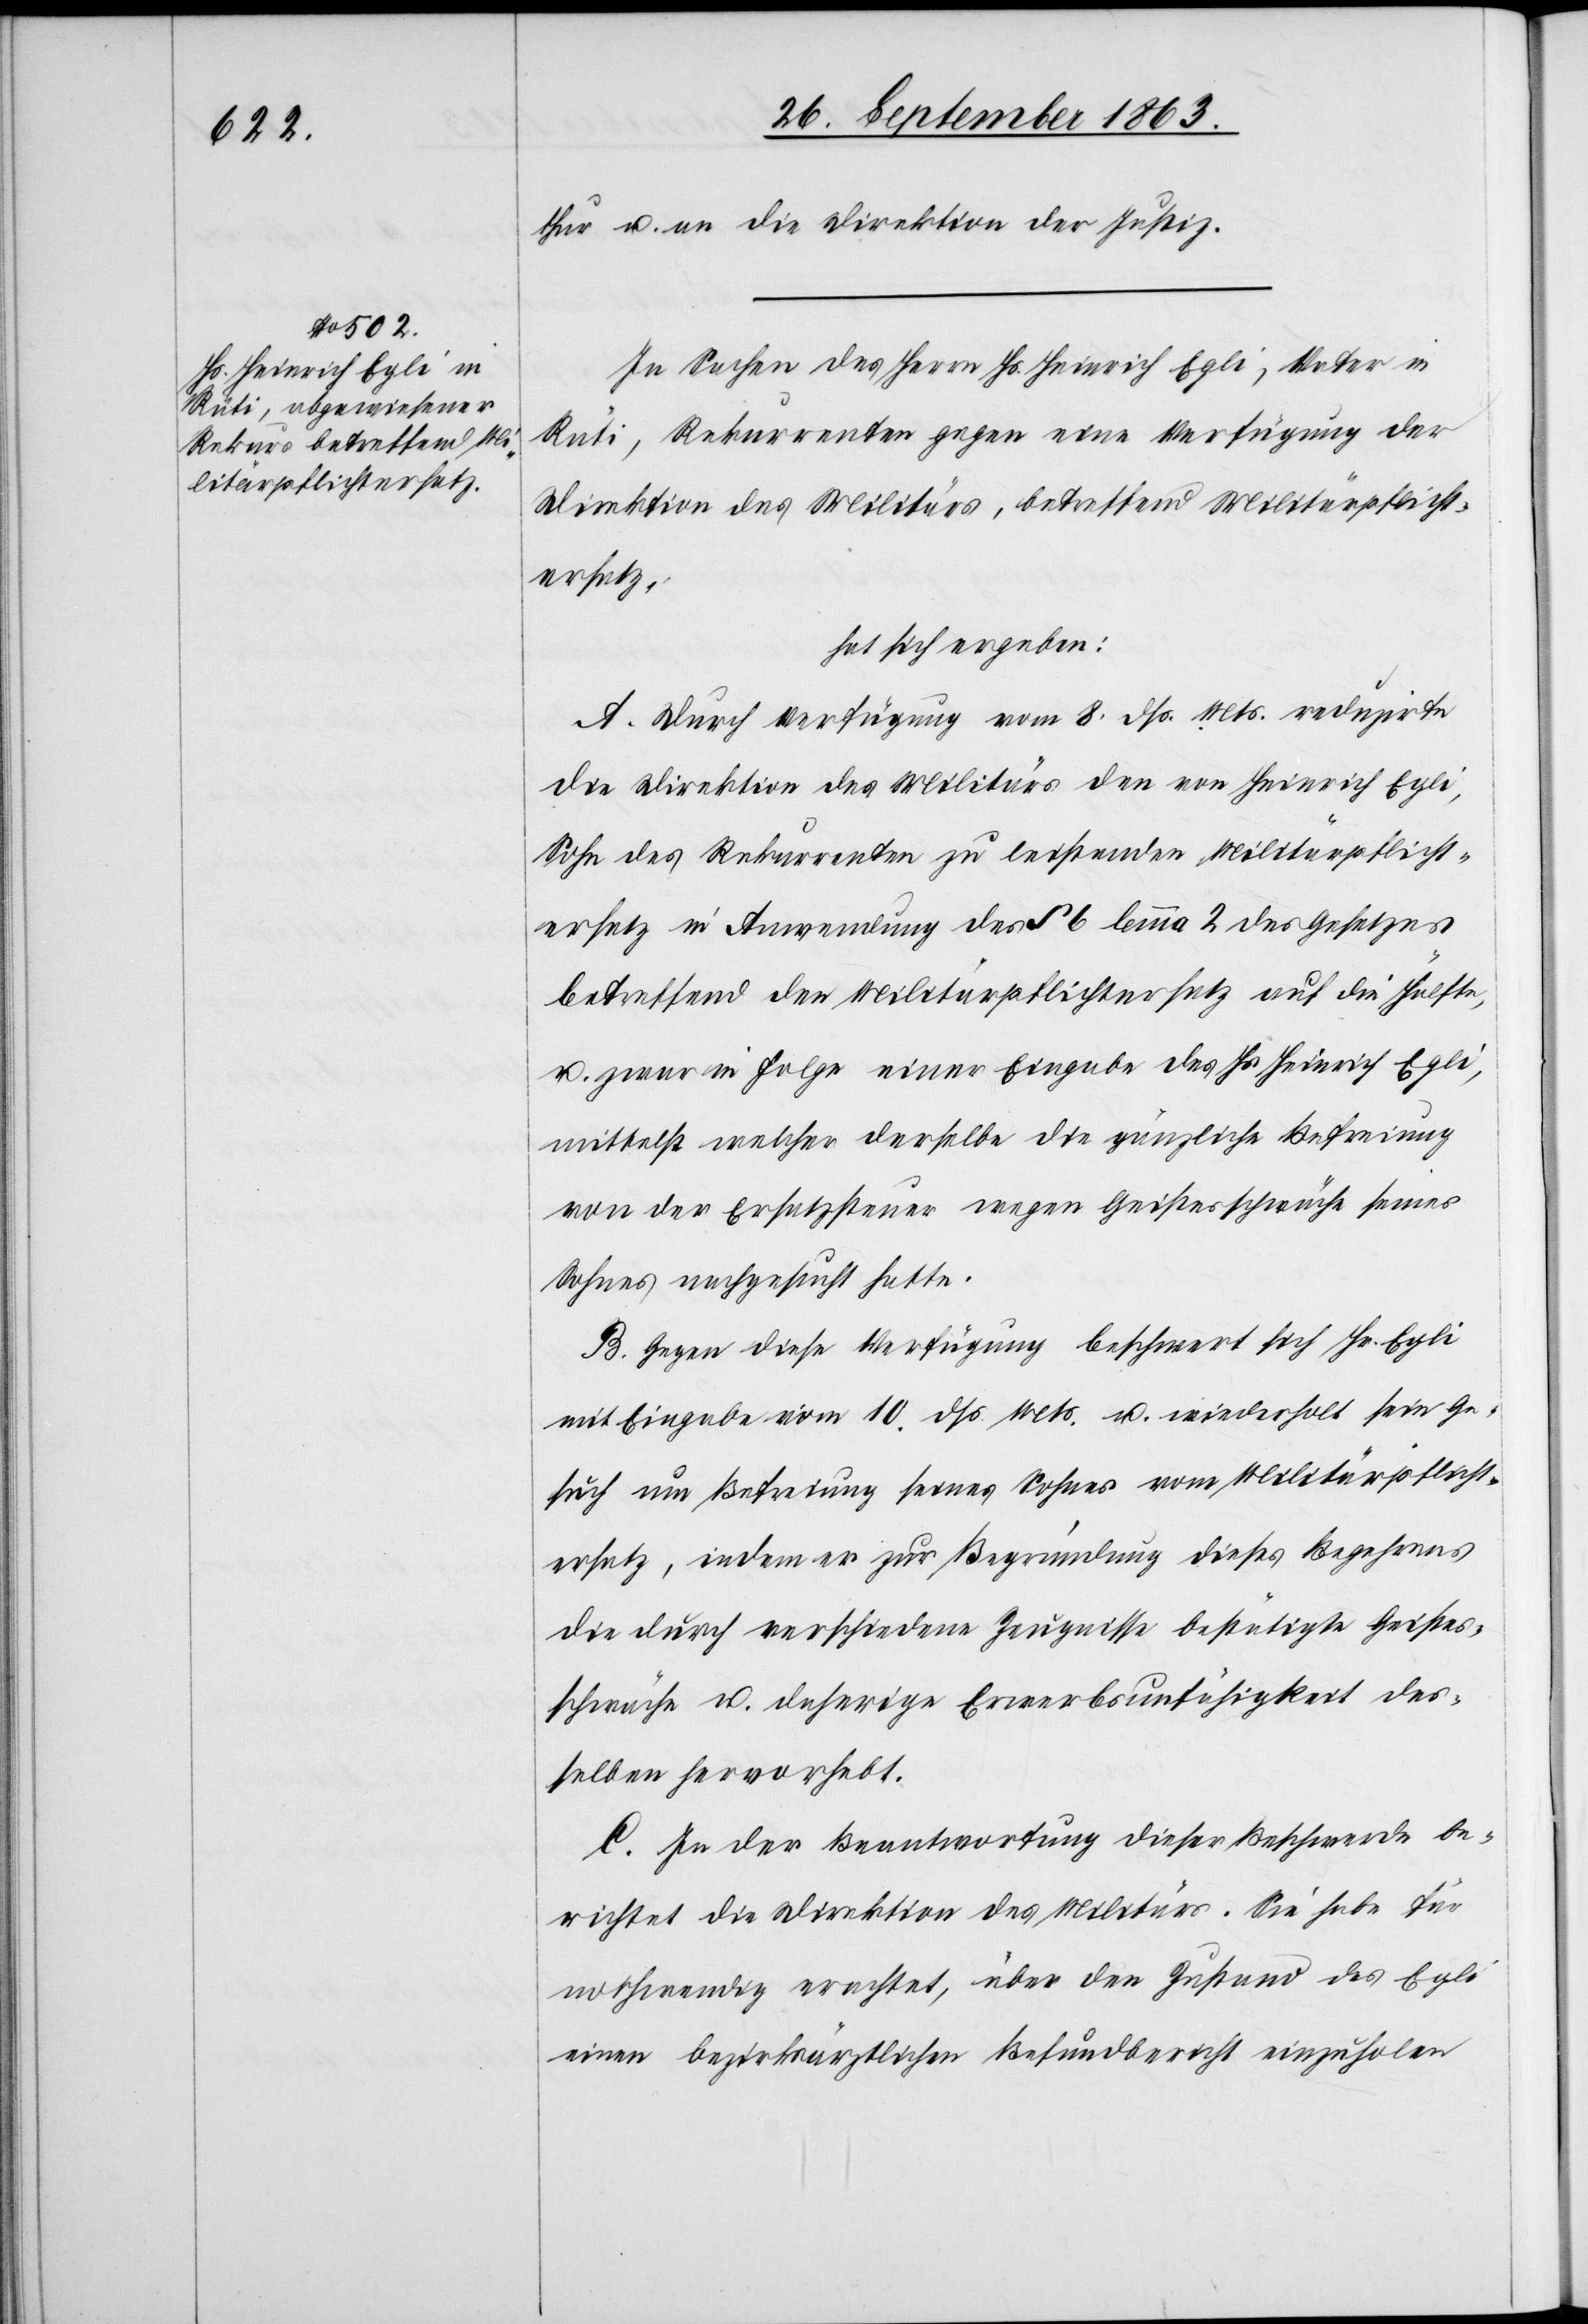
thur u. an die Direktion der Justiz.
In Sachen des Herrn Hs. Heinrich Egli, Vater in
Rüti, Rekurrenten gegen eine Verfügung der
Direktion des Militärs, betreffend Militärpflicht¬
ersatz,
hat sich ergeben:
A. Durch Verfügung vom 8. dß. Mts. reduzirte
die Direktion des Militärs den von Heinrich Egli,
Sohn des Rekurrenten zu leistenden Militärpflicht¬
ersatz in Anwendung des § 6 lemma 2 des Gesetzes
betreffend den Militärpflichtersatz auf die Hälfte,
u. zwar in Folge einer Eingabe des Hs Heinrich Egli,
mittelst welcher derselbe die gänzliche Befreiung
von der Ersatzsteuer wegen Geistesschwäche seines
Sohnes nachgesucht hatte.
B. Gegen diese Verfügung beschwert sich Hr. Egli
mit Eingabe vom 10. dß. Mts. u. wiederholt sein Ge¬
such um Befreiung seines Sohnes vom Militärpflicht¬
ersatz, indem er zur Begründung dieses Begehrens
die durch verschiedene Zeugnisse bestätigte Geistes¬
schwäche u. daherige Erwerbsunfähigkeit des¬
selben hervorhebt.
C. In der Beantwortung dieser Beschwerde be¬
richtet die Direktion des Militärs. Sie habe für
nothwendig erachtet, über den Zustand des Egli
einen bezirksärztlichen Befundbericht einzuholen